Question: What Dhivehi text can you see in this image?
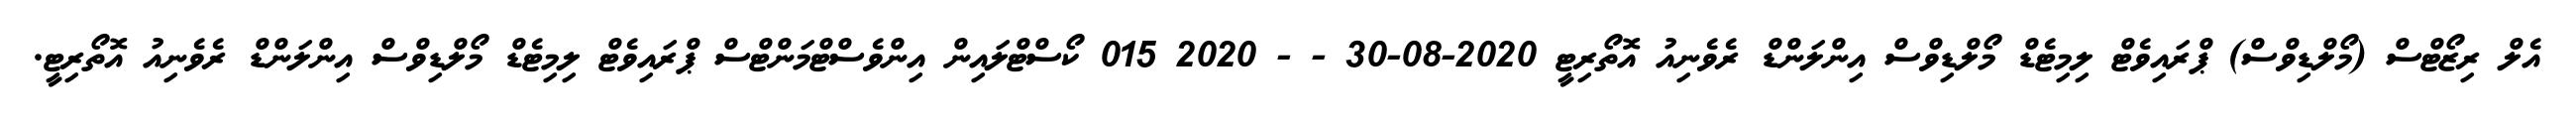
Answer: އެލް ރިޒޯޓްސް (މޯލްޑިވްސް) ޕްރައިވެޓް ލިމިޓެޑް މޯލްޑިވްސް އިންލަންޑް ރެވެނިއު އޮތޯރިޓީ 2020-08-30 - - 2020 015 ކޯސްޓްލައިން އިންވެސްޓްމަންޓްސް ޕްރައިވެޓް ލިމިޓެޑް މޯލްޑިވްސް އިންލަންޑް ރެވެނިއު އޮތޯރިޓީ.